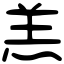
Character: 羔